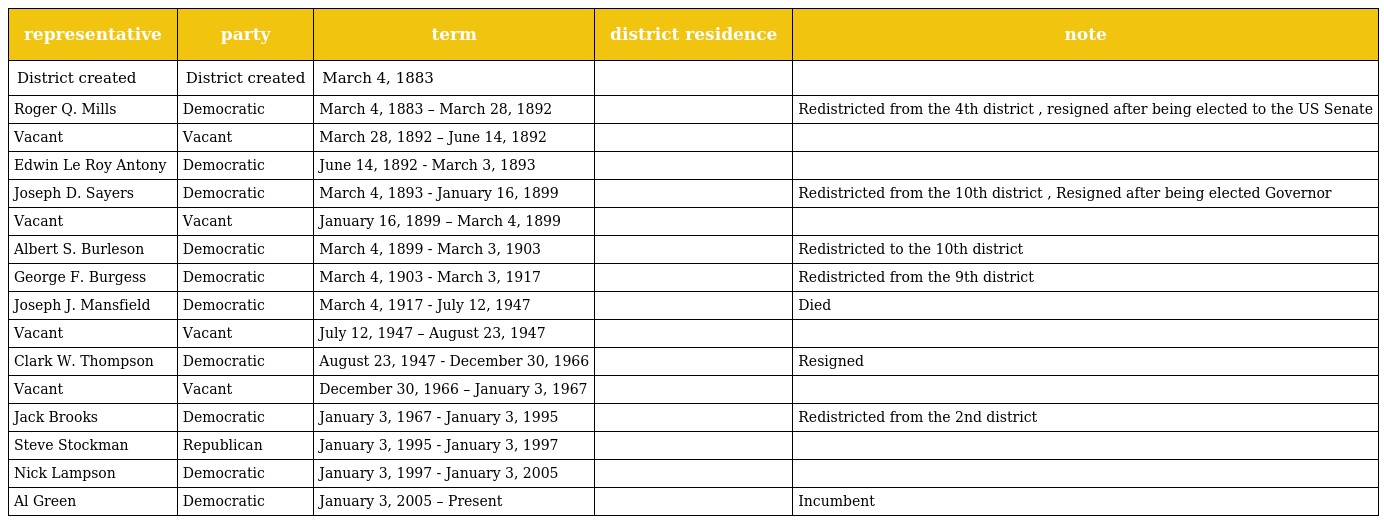
| representative | party | term | district residence | note |
 | --- | --- | --- | --- | --- |
 | District created | District created | March 4, 1883 |  |  |
 | Roger Q. Mills | Democratic | March 4, 1883 – March 28, 1892 |  | Redistricted from the 4th district , resigned after being elected to the US Senate |
 | Vacant | Vacant | March 28, 1892 – June 14, 1892 |  |  |
 | Edwin Le Roy Antony | Democratic | June 14, 1892 - March 3, 1893 |  |  |
 | Joseph D. Sayers | Democratic | March 4, 1893 - January 16, 1899 |  | Redistricted from the 10th district , Resigned after being elected Governor |
 | Vacant | Vacant | January 16, 1899 – March 4, 1899 |  |  |
 | Albert S. Burleson | Democratic | March 4, 1899 - March 3, 1903 |  | Redistricted to the 10th district |
 | George F. Burgess | Democratic | March 4, 1903 - March 3, 1917 |  | Redistricted from the 9th district |
 | Joseph J. Mansfield | Democratic | March 4, 1917 - July 12, 1947 |  | Died |
 | Vacant | Vacant | July 12, 1947 – August 23, 1947 |  |  |
 | Clark W. Thompson | Democratic | August 23, 1947 - December 30, 1966 |  | Resigned |
 | Vacant | Vacant | December 30, 1966 – January 3, 1967 |  |  |
 | Jack Brooks | Democratic | January 3, 1967 - January 3, 1995 |  | Redistricted from the 2nd district |
 | Steve Stockman | Republican | January 3, 1995 - January 3, 1997 |  |  |
 | Nick Lampson | Democratic | January 3, 1997 - January 3, 2005 |  |  |
 | Al Green | Democratic | January 3, 2005 – Present |  | Incumbent |